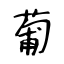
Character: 葡